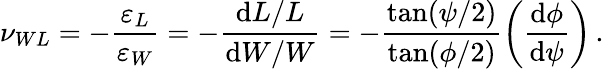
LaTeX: \nu_{WL}=-\frac{\varepsilon_{L}}{\varepsilon_{W}}=-\frac{\mathrm{d}L/L}{\mathrm{d}W/W}=-\frac{\tan(\psi/2)}{\tan(\phi/2)}\bigg(\frac{\mathrm{d}\phi}{\mathrm{d}\psi}\bigg)\, .